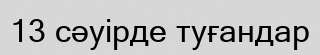
13 сәуірде туғандар